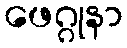
ဖေဂ္ဂုနာ